Annual report on the working of the Harcourt Butler Institute of Public Health, Rangoon
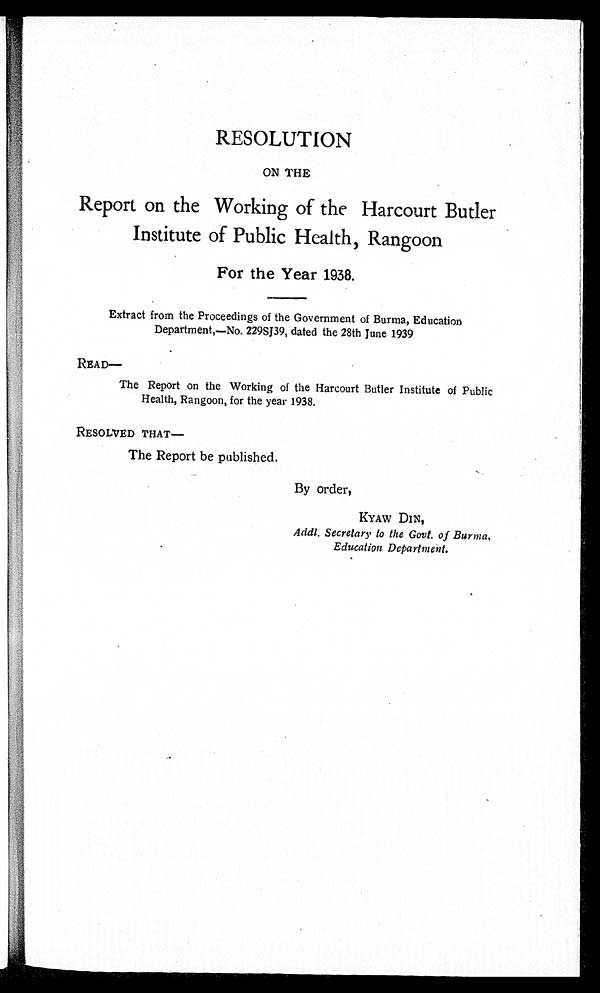
RESOLUTION
ON THE
Report on the Working of the Harcourt Butler
Institute of Public Health, Rangoon
For the Year 1938.
Extract from the Proceedings of the Government of Burma, Education
Department,—No. 229SJ39, dated the 28th June 1939
READ—
The Report on the Working of the Harcourt Butler Institute of Public
Health, Rangoon, for the year 1938.
RESOLVED THAT—
The Report be published.
By order,
KYAW DIN,
Addl. Secretary to the Govt. of Burma,
Education Department.